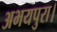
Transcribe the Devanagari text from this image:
अभयपुरा।